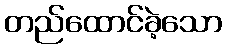
တည်ထောင်ခဲ့သော